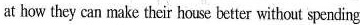
at how they can make their house better without spending